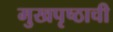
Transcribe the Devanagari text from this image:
मुखपृष्ठाची